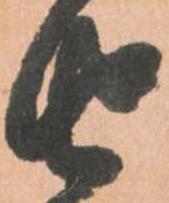
由